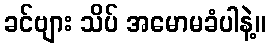
ခင်ဗျား သိပ် အမောမခံပါနဲ့။